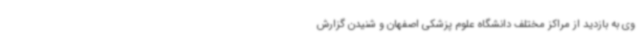
وی به بازدید از مراکز مختلف دانشگاه علوم پزشکی اصفهان و شنیدن گزارش